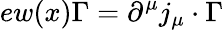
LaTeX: ew(x)\Gamma=\partial^{\mu}j_{\mu}\cdot\Gamma